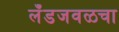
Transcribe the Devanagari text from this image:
लँडजवळचा